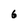
Character: 6